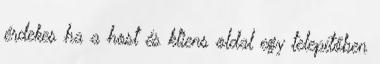
érdekes ha a host és kliens oldal egy telepítőben